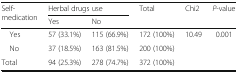
| <ROWSPAN=2> Self-medication | <COLSPAN=2> Herbal drugs use | <ROWSPAN=2> Total | <ROWSPAN=2> Chi2 | <ROWSPAN=2> P-value |
 | Yes | No |
 | --- | --- | --- | --- | --- | --- |
 | Yes | 57 (33.1%) | 115 (66.9%) | 172 (100%) | <ROWSPAN=3> 10.49 | <ROWSPAN=3> 0.001 |
 | No | 37 (18.5%) | 163 (81.5%) | 200 (100%) |
 | Total | 94 (25.3%) | 278 (74.7%) | 372 (100%) |